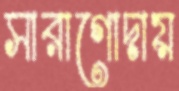
সারাগোদায়